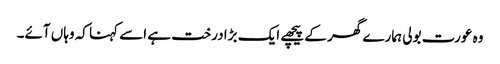
وہ عورت بولی ہمارے گھر کے پیچھے ایک بڑا درخت ہے اسے کہنا کہ وہاں آئے۔